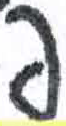
אות: פ